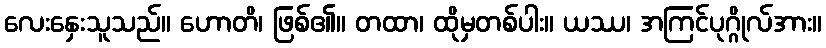
လေးနှေးသူသည်။ ဟောတိ၊ ဖြစ်၏။ တထာ၊ ထိုမှတစ်ပါး။ ယဿ၊ အကြင်ပုဂ္ဂိုလ်အား။